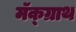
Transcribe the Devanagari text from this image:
मॅक्ग्राथ